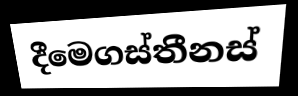
දීමෙගස්තීනස්